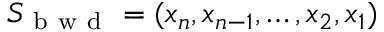
{ \cal S } _ { \mathrm { ~ b ~ w ~ d ~ } } = ( x _ { n } , x _ { n - 1 } , \dots , x _ { 2 } , x _ { 1 } )